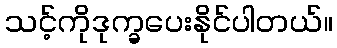
သင့်ကိုဒုက္ခပေးနိုင်ပါတယ်။